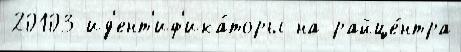
20103 ид'ент'иф'ика́торы на райце́нтра